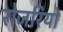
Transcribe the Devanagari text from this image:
रोजरियो